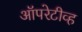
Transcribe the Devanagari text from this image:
ऑपरेटीव्ह